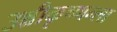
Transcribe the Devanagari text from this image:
उन्नीकृष्णन्ला